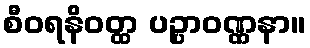
စီဝရနိဝတ္ထ ပဉ္ပာဝဏ္ဏနာ။